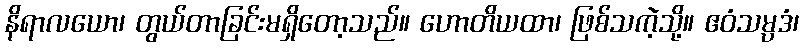
နိရာလယော၊ တွယ်တာခြင်းမရှိတော့သည်။ ဟောတိယထာ၊ ဖြစ်သကဲ့သို့။ ဧဝံသမ္ပဒံ၊